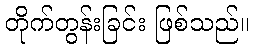
တိုက်တွန်းခြင်း ဖြစ်သည်။